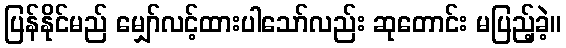
ပြန်နိုင်မည် မျှော်လင့်ထားပါသော်လည်း ဆုတောင်း မပြည့်ခဲ့။